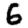
Digit: 6